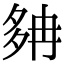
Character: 𡖝